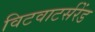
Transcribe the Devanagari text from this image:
विटवाटर्सरेंड